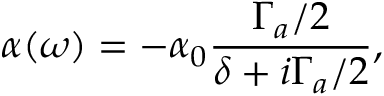
\alpha ( \omega ) = - \alpha _ { 0 } \frac { \Gamma _ { a } / 2 } { \delta + i \Gamma _ { a } / 2 } ,